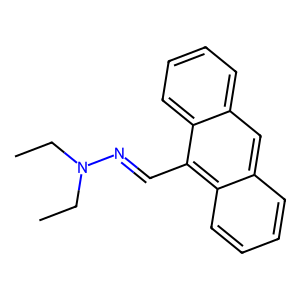
SMILES: CCN(CC)N=Cc1c2ccccc2cc2ccccc12
Inhibits HIV replication: No